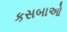
કસબાઓ